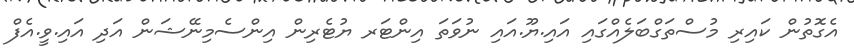
އެގޮތުން ކައިރި މުސްތަގްބަލެއްގައި އައި.ޔޫ.އައި ނުވަތަ އިންޓަރ ޔުޓެރިން އިންސެމިނޭޝަން އަދި އައި.ވީ.އެފް